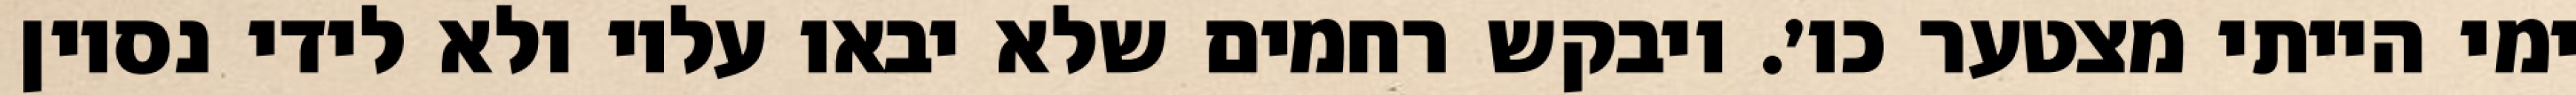
ימי הייתי מצטער כו׳. ויבקש רחמים שלא יבאו עליו ולא לידי נסיון